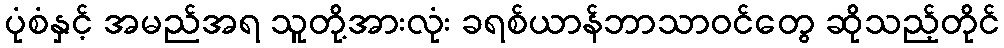
ပုံစံနှင့် အမည်အရ သူတို့အားလုံး ခရစ်ယာန်ဘာသာဝင်တွေ ဆိုသည့်တိုင်